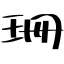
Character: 珊